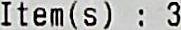
ITEM(S) : 3